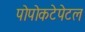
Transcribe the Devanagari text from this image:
पोपोकटेपेटल